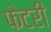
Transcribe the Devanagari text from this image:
फेटरी